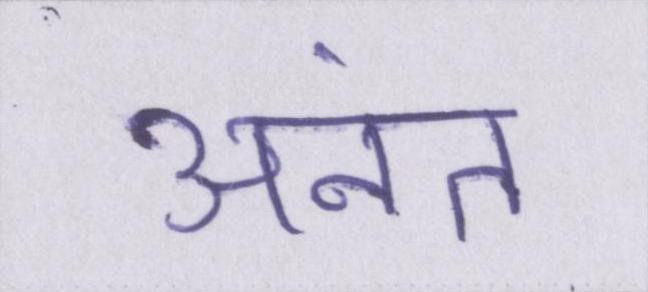
अनंत